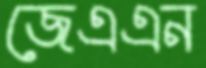
জেএএন